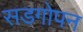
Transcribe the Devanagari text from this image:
सडगोपन